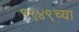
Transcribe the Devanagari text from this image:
१९४९च्या